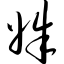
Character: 姝